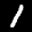
Label: 1